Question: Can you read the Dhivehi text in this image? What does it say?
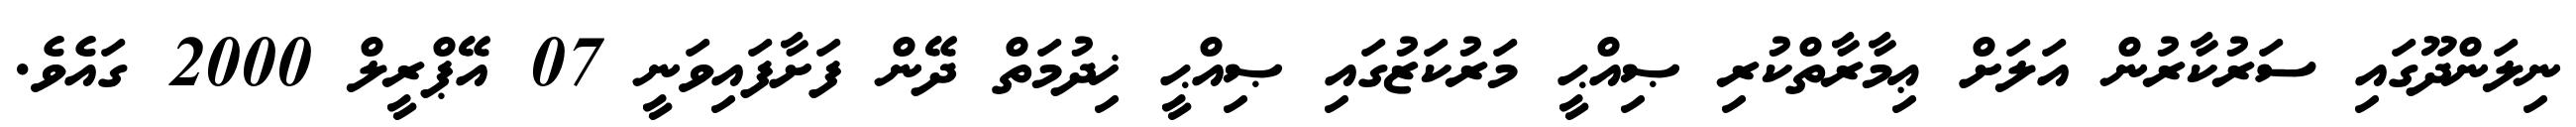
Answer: ނިލަންދޫގައި ސަރުކާރުން އަލަށް ޢިމާރާތްކުރި ޞިއްޙީ މަރުކަޒުގައި ޞިއްޙީ ޚިދުމަތް ދޭން ފަށާފައިވަނީ 07 އޭޕްރީލް 2000 ގައެވެ.